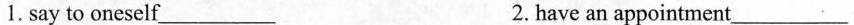
1.saytoomeself_________2.haveanappointment_________